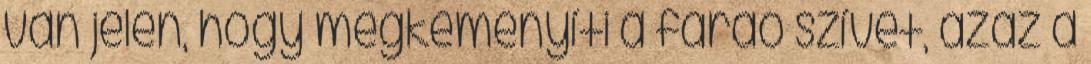
van jelen, hogy megkeményíti a fáraó szívét, azaz a